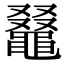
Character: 𪓭